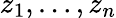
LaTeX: z_{1},\ldots,z_{n}